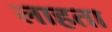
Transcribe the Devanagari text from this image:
लाहता